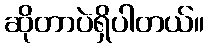
ဆိုတာပဲရှိပါတယ်။